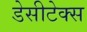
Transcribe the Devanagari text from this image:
डेसीटेक्स